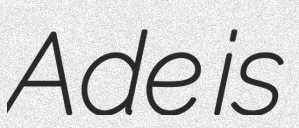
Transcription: Ade is